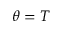
\theta = T